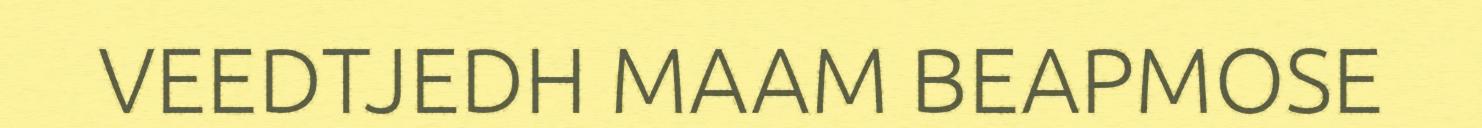
VEEDTJEDH MAAM BEAPMOSE